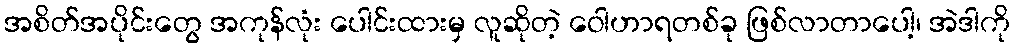
အစိတ်အပိုင်းတွေ အကုန်လုံး ပေါင်းထားမှ လူဆိုတဲ့ ဝေါဟာရတစ်ခု ဖြစ်လာတာပေါ့၊ အဲဒါကို